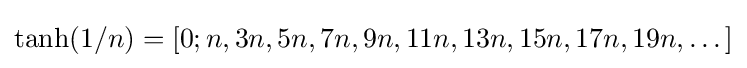
\tanh(1/n)=[0;n,3n,5n,7n,9n,11n,13n,15n,17n,19n,\dots ]